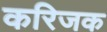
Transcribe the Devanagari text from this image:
करिजक